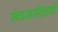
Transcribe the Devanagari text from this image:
मंचसमीक्षकों